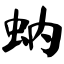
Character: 蚋